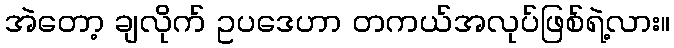
အဲတော့ ချလိုက် ဥပဒေဟာ တကယ်အလုပ်ဖြစ်ရဲ့လား။